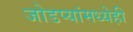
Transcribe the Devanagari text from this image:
जोडप्यांमध्येही